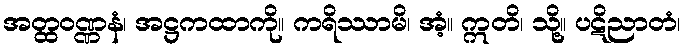
အတ္ထဝဏ္ဏနံ၊ အဋ္ဌကထာကို။ ကရိဿာမိ၊ အံ့။ ဣတိ၊ သို့။ ပဋိညာတံ၊